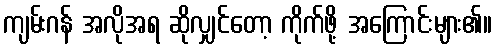
ကျမ်းဂန် အလိုအရ ဆိုလျှင်တော့ ကိုက်ဖို့ အကြောင်းများ၏။